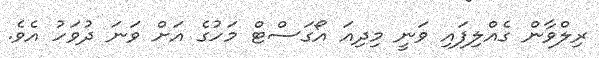
ރިލްވާން ގެއްލިފައި ވަނީ މިދިއަ އޯގަސްޓް މަހުގެ އަށް ވަނަ ދުވަހު އެވެ.